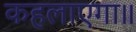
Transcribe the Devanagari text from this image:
कहलाएगा॥